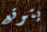
يتوقع